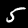
Digit: 5